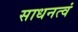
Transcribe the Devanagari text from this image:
साधनत्वं